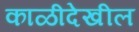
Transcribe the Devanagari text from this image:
काळीदेखील